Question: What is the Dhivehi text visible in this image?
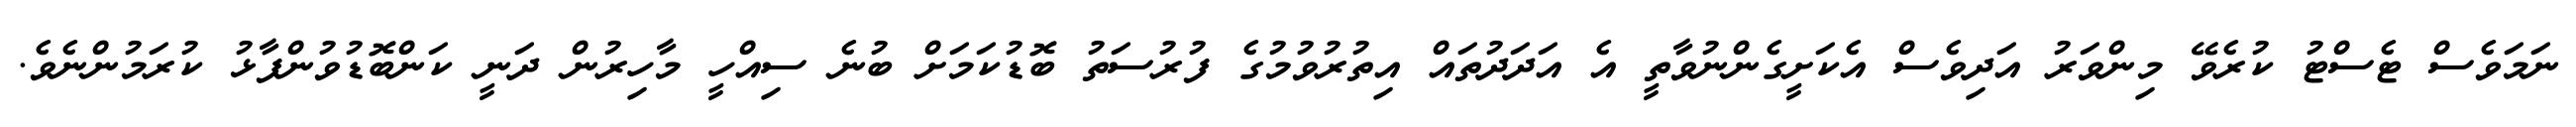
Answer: ނަމަވެސް ޓެސްޓު ކުރެވޭ މިންވަރު އަދިވެސް އެކަށީގެންނުވާތީ އެ އަދަދުތައް އިތުރުވުމުގެ ފުރުސަތު ބޮޑުކަމަށް ބުނެ ސިއްހީ މާހިރުން ދަނީ ކަންބޮޑުވުންފާޅު ކުރަމުންނެވެ.